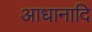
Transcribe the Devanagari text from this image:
आधानादि